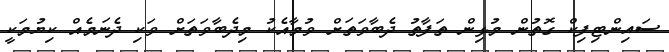
ސައިންޓިފިކް ގޮތުން މުޅިން ތަފާތު ދެބާވަތަށް ވުމާއެކު މިދެބާވަތަށް ވަކި ދެނަމެއް ކިޔުމަކީ